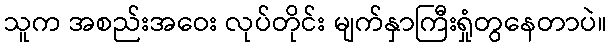
သူက အစည်းအဝေး လုပ်တိုင်း မျက်နှာကြီးရှုံတွနေတာပဲ။